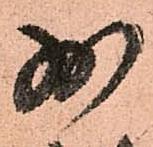
少